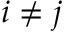
i \neq j